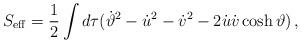
LaTeX: \begin{align*}S_{{\mathrm{eff}}} = \frac 12 \int d\tau (\dot{\vartheta}^2 - \dot u^2 - \dot v^2 - 2\dot u \dot v \cosh \vartheta)\,, \end{align*}